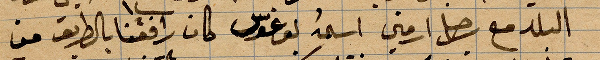
البلد مع رجل ارمني اسمه بوغوس كان يرافقنا بالطريق من